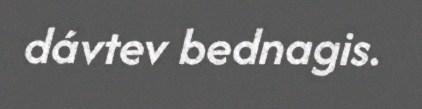
dávtev bednagis.